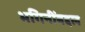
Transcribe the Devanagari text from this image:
भगिनींबद्दल